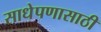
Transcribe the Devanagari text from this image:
साधेपणासाठी